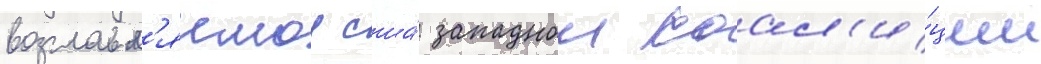
возглавл'яемои сша́ западнои коал'и́ции